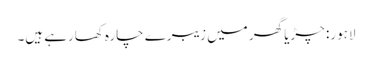
لاہور: چڑیا گھر میں زیبرے چارہ کھارہے ہیں۔